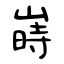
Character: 嵵